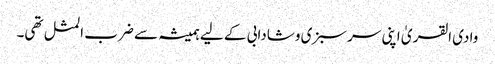
وادی القریٰ اپنی سرسبزی وشادابی کے لیے ہمیشہ سے ضرب المثل تھی۔